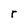
Character: r